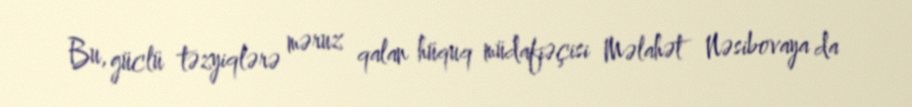
Bu, güclü təzyiqlərə məruz qalan hüquq müdafiəçisi Məlahət Nəsibovaya da